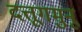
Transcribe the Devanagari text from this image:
दत्तूगमुनू